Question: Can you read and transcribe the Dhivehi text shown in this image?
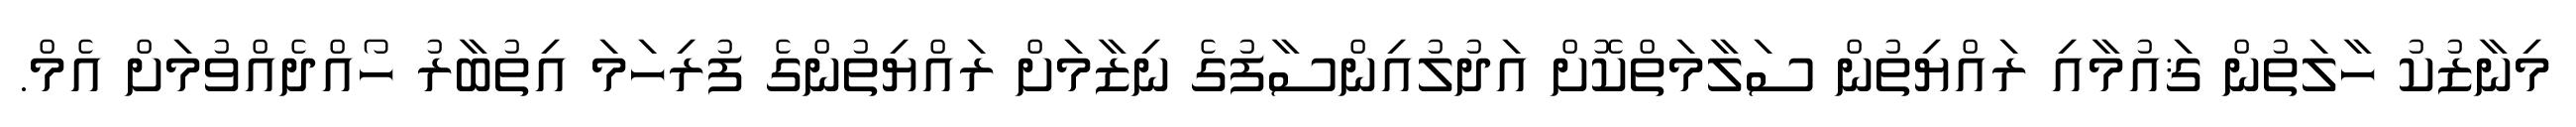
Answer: މިނާޒުކު ހާލަތުން ޤައުމާއި ރައްޔިތުން ސަލާމަތްކޮށް އަދުލުއިންސާފުގެ ނިޒާމަށް ރައްޔިތުންގެ ފުރިހަމަ އިތުބާރު ހޯއްދެއްވުމަށް އެމް.